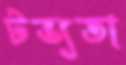
টভ্যতা